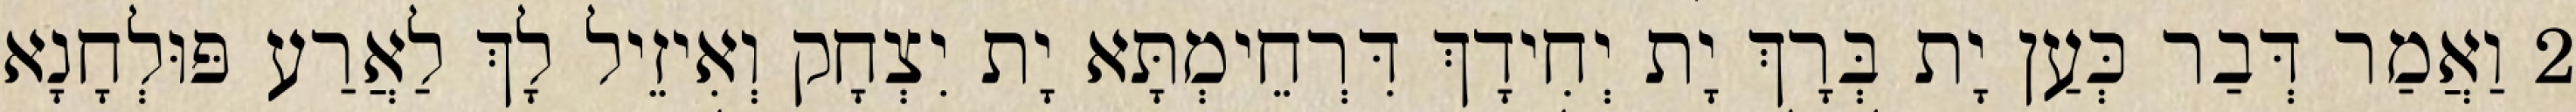
2 וַאֲמַר דְּבַר כְּעַן יָת בְּרָךְ יָת יְחִידָךְ דִּרְחֵימְתָּא יָת יִצְחָק וְאִיזֵיל לָךְ לַאֲרַע פּוּלְחָנָא